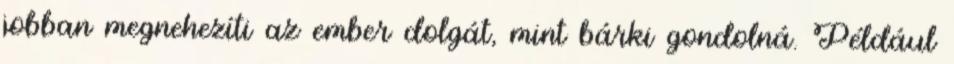
jobban megnehezíti az ember dolgát, mint bárki gondolná. Például